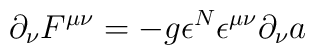
\partial_{\nu}F^{\mu\nu} =-g{\epsilon^N}\epsilon^{\mu\nu}\partial_{\nu}a